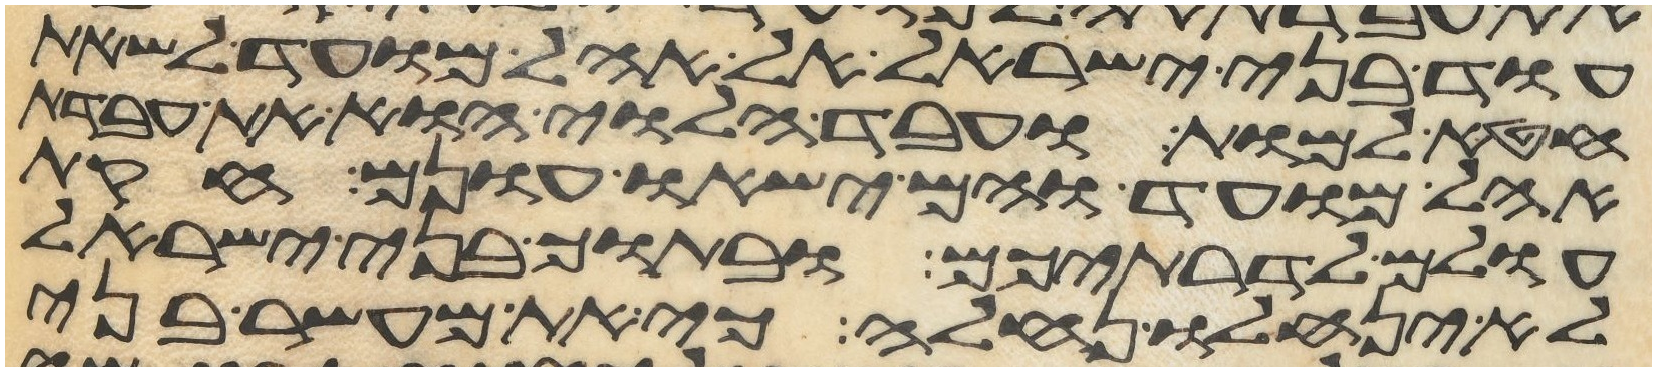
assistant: עוד בני ישראל אל אהל מועד לשאת
חטא למות ועבד הלוי הוא את עבדת
אהל מועד והם ישאו עונם חקות
עולם לדרתיכם ובתוך בני ישראל
לא ינחלו נחלה כי את מעשר בני